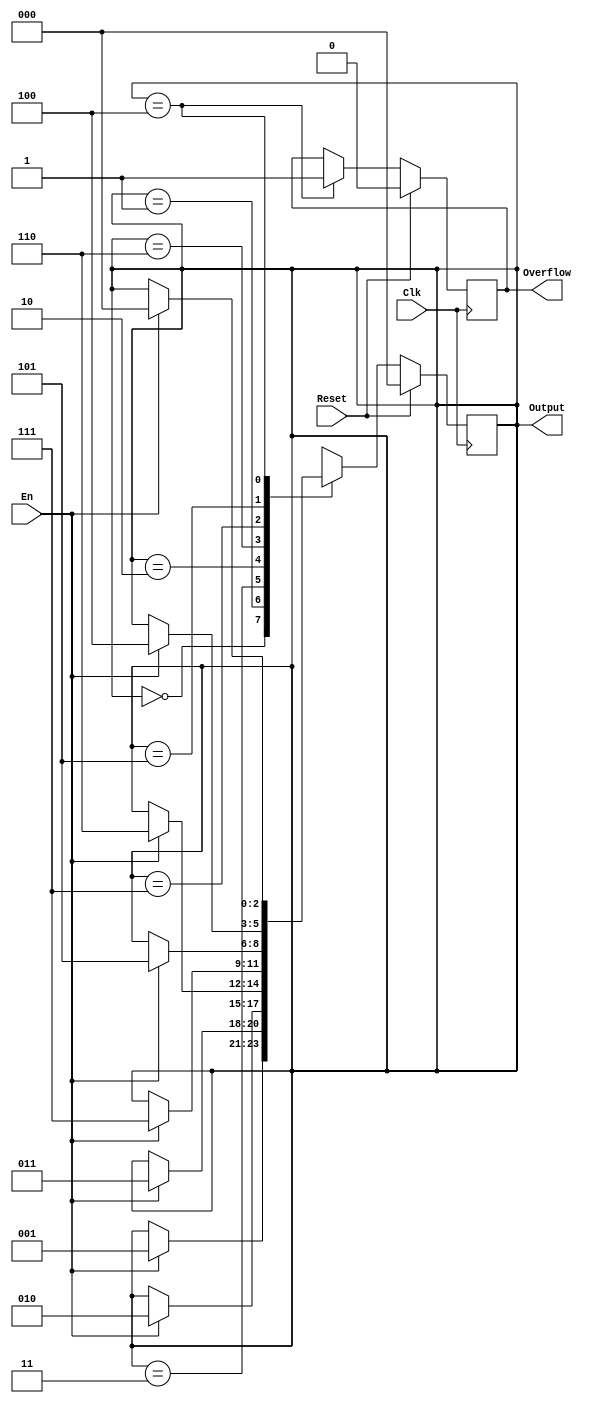
`timescale 1ns / 1ps
//////////////////////////////////////////////////////////////////////////////////
// Company: 
// Engineer: 
// 
// Design Name: 
// Module Name:    gray 
// Project Name: 
// Target Devices: 
// Tool versions: 
// Description: 
//
// Dependencies: 
//
// Revision: 
// Revision 0.01 - File Created
// Additional Comments: 
//
//////////////////////////////////////////////////////////////////////////////////
module gray(
    input Clk,
    input Reset,
    input En,
    output [2:0] Output,
    output Overflow);
    
	parameter
	s0 = 'b000,
	s1 = 'b001,
	s2 = 'b011,
	s3 = 'b010,
	s4 = 'b110,
	s5 = 'b111,
	s6 = 'b101,
	s7 = 'b100;
	
    reg[2:0] status, nextStatus;
    reg over, nextOver;
	
	initial
	begin
		status <= s0;
		over <= 0;
	end
    
    always @(posedge Clk) 
    begin
        if(Reset)
            status <= s0;
        else
			status <= nextStatus;
    end
	
	always @(*)
	begin
		case(status)
		s0:
			if(En)
				nextStatus = s1;
			else
				nextStatus = status;
		s1:
			if(En)
				nextStatus = s2;
			else
				nextStatus = status;
		s2:
			if(En)
				nextStatus = s3;
			else
				nextStatus = status;
		s3:
			if(En)
				nextStatus = s4;
			else
				nextStatus = status;
		s4:
			if(En)
				nextStatus = s5;
			else
				nextStatus = status;
		s5:
			if(En)
				nextStatus = s6;
			else
				nextStatus = status;
		s6:
			if(En)
				nextStatus = s7;
			else
				nextStatus = status;				
		s7:
			if(En)
				nextStatus = s0;
			else
				nextStatus = status;
		endcase
	end

	assign Output = status;
	
	always @(posedge Clk)
	begin
		if(Reset)
			over <= 0;
		else
			over <= nextOver;
	end
	
	always @(*)
	begin
		case(status)
			3'b100:
				nextOver = 1;
			default:
				if(Reset)
					nextOver = 0;
				else
					nextOver = over;
		endcase
	end


	assign Overflow = over;
	
endmodule